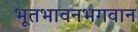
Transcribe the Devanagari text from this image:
भूतभावनभगवान